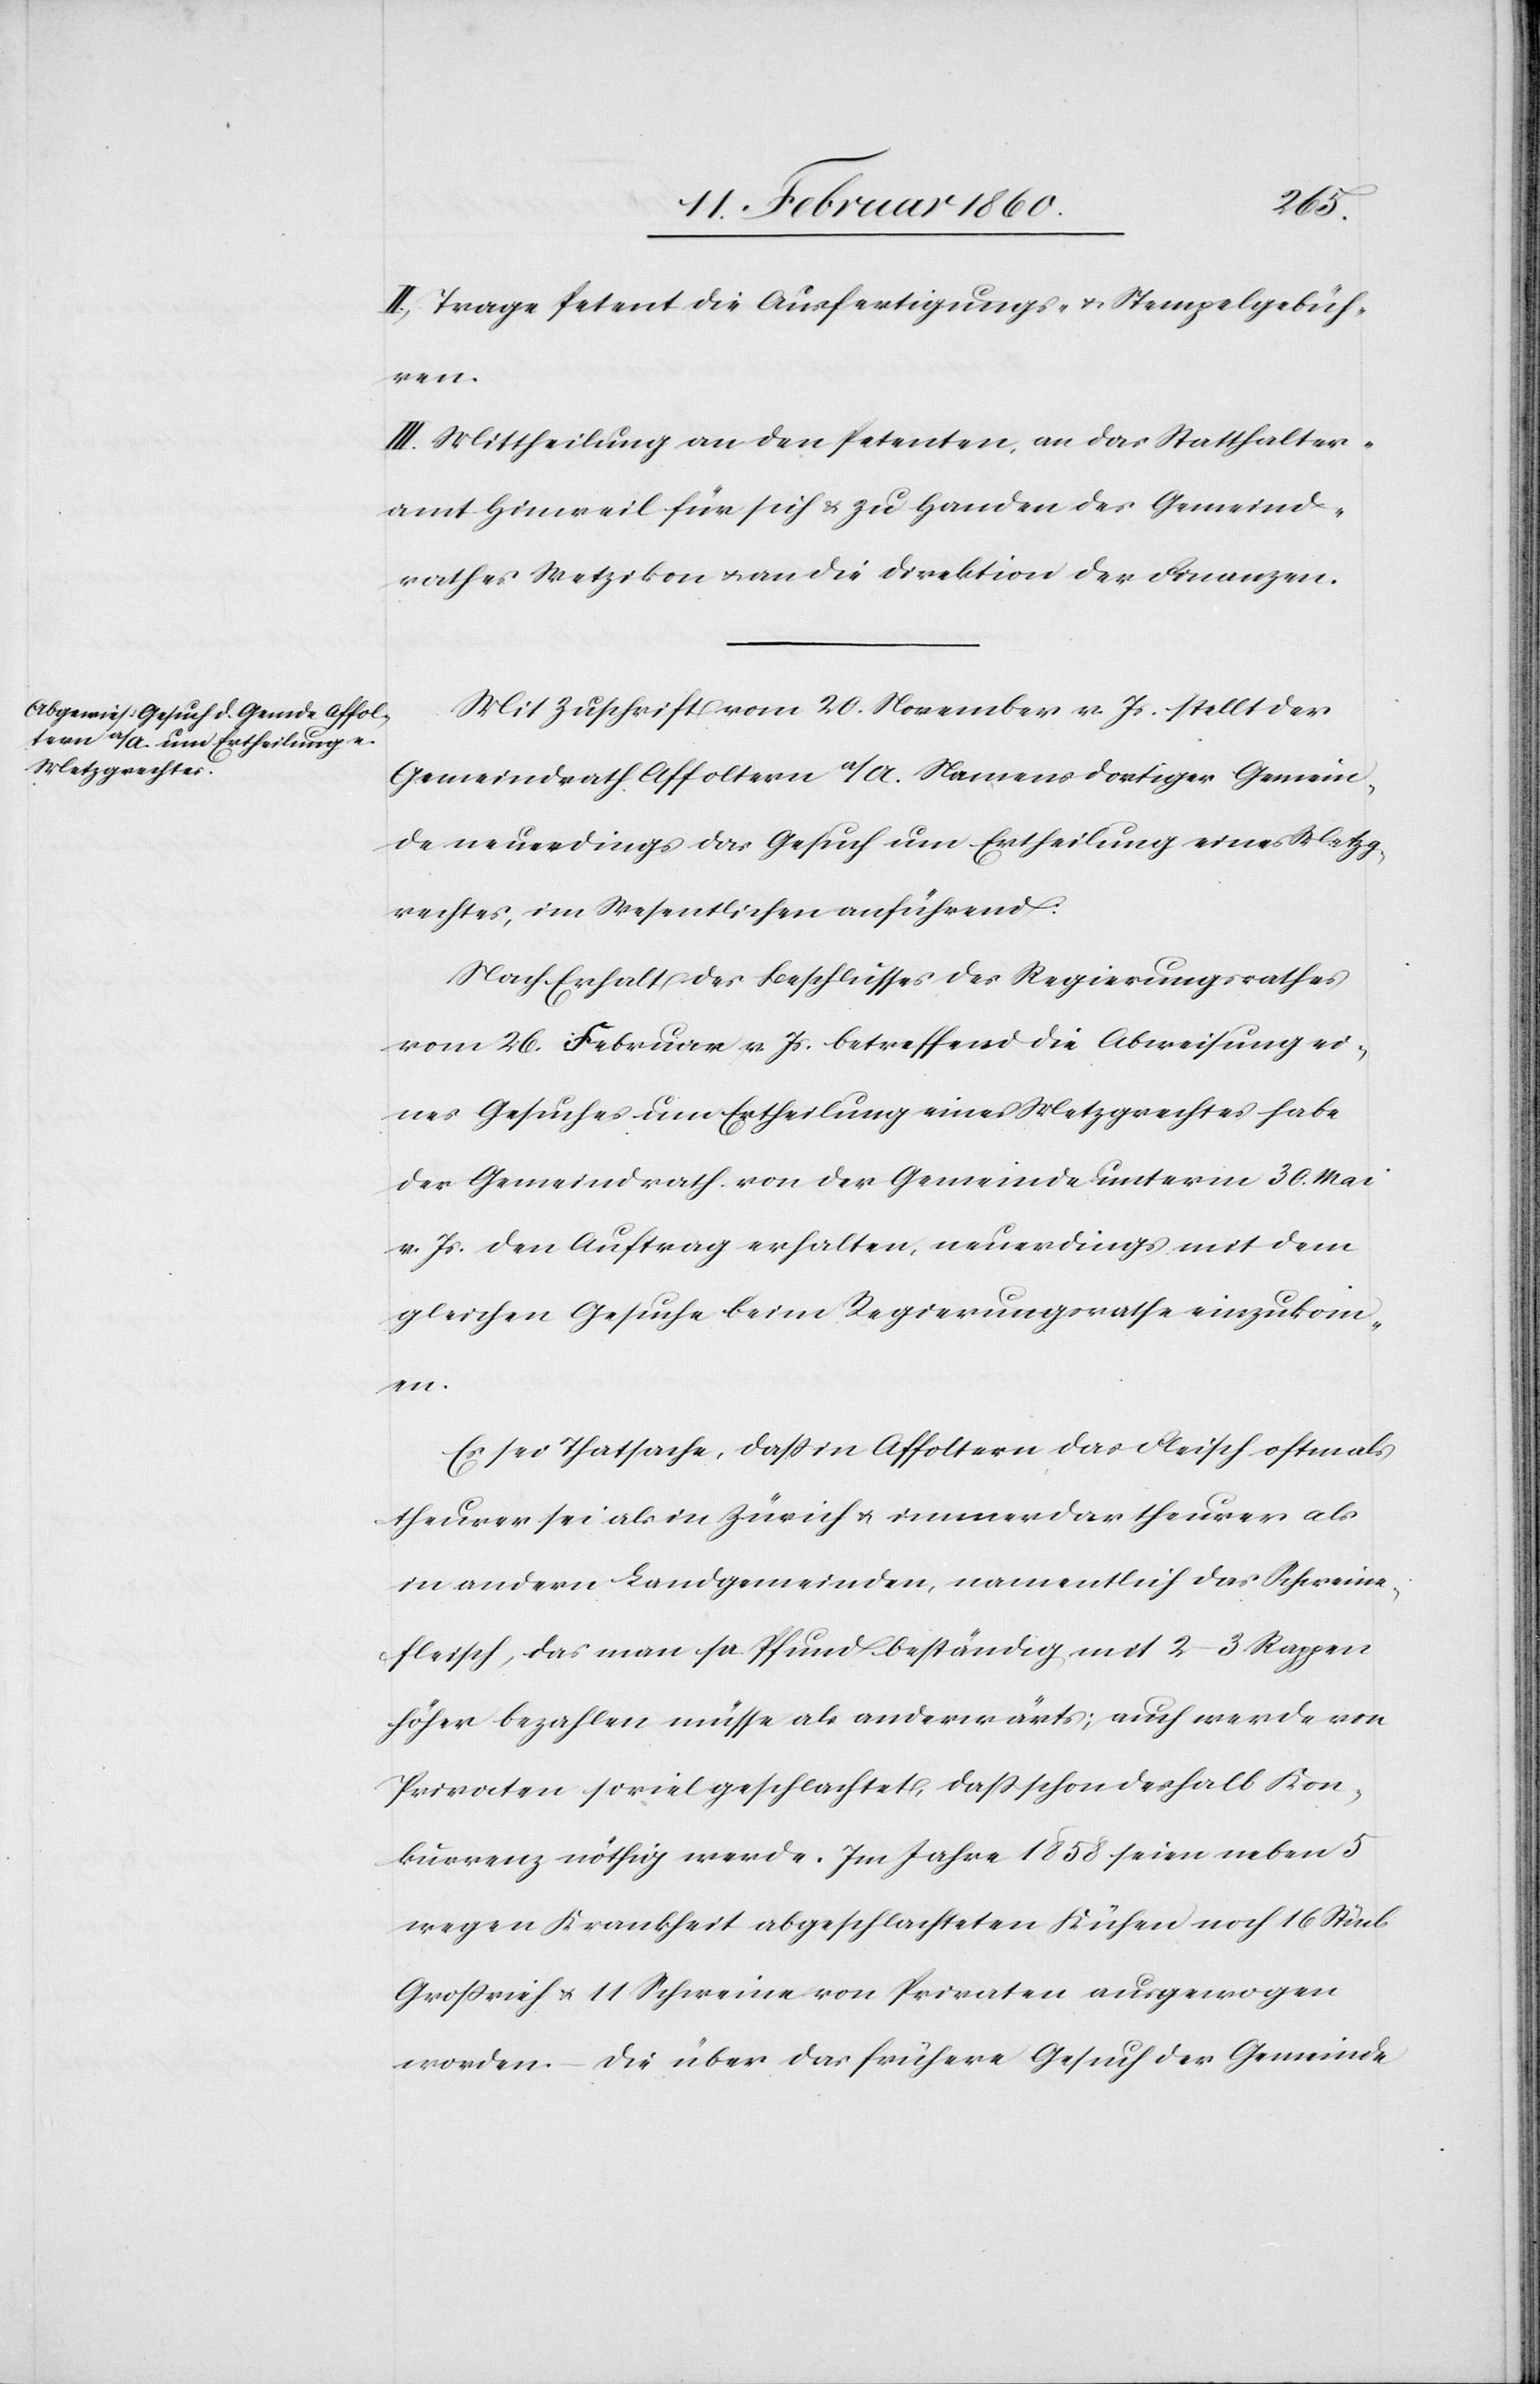
II. Trage Petent die Ausfertigungs- u. Stempelgebüh¬
ren.
III. Mittheilung an den Petenten, an das Statthalter¬
amt Hinweil für sich u. zu Handen des Gemeind¬
rathes Wetzikon u. an die Direktion der Finanzen.
Mit Zuschrift vom 20. November v. Js. stellt der
Gemeindrath Affoltern a./A. Namens dortiger Gemein¬
de neuerdings das Gesuch um Ertheilung eines Metzg¬
rechtes, im Wesentlichen anführend:
Nach Erhalt des Beschlusses des Regierungsrathes
vom 26. Februar v. Js. betreffend die Abweisung ei¬
nes Gesuches um Ertheilung eines Metzgrechtes habe
der Gemeindrath von der Gemeinde unterm 30. Mai
v. Js. den Auftrag erhalten, neuerdings mit dem
gleichen Gesuche beim Regierungsrathe einzukom¬
men.
Es sei Thatsache, dass in Affoltern das Fleisch oftmals
theurer sei als in Zürich u. immerdar theurer als
in andern Landgemeinden, namentlich das Schweine¬
fleisch, das man pr. Pfund beständig mit 2–3 Rappen
höher bezahlen müsse als anderwärts; auch werde von
Privaten soviel geschlachtet, dass schon deshalb Kon¬
kurrenz nöthig werde. Im Jahre 1858 seien neben 5
wegen Krankheit abgeschlachteten Kühen noch 16 Stück
Großvieh u. 11 Schweine von Privaten ausgewogen
worden. Die über das frühere Gesuch der Gemeinde